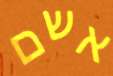
אשם